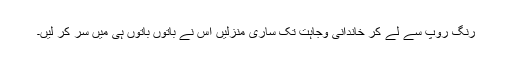
رنگ روپ سے لے کر خاندانی وجاہت تک ساری منزلیں اس نے باتوں باتوں ہی میں سر کر لیں۔